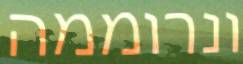
ונרוממה